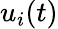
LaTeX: u_{i}(t)